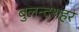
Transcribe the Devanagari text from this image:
बुलन्‍दशहर